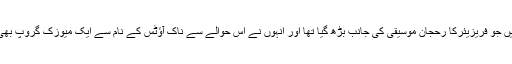
حالیہ برسوں میں جو فریزیئرکا رحجان موسیقی کی جانب بڑھ گیا تھا اور انہوں نے اس حوالے سے ناک آؤٹس کے نام سے ایک میوزک گروپ بھی ترتیب دیا تھا۔